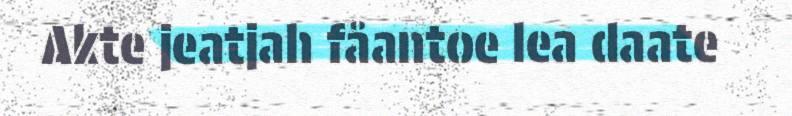
Akte jeatjah fåantoe lea daate